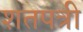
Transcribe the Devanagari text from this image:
शतपत्री